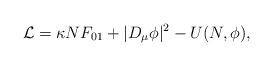
LaTeX: \begin{align*}{\cal L} = \kappa N F_{01} + |D_\mu \phi|^2 -U(N,\phi),\end{align*}